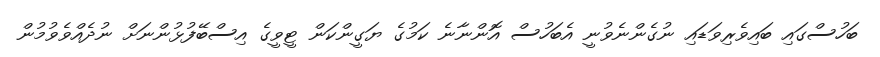
ބަހުސްގައި ބައިވެރިވަޑައި ނުގެންނެވުނީ އެބަހުސް އޮންނާނެ ކަމުގެ ޔަގީންކަން ޓީވީގެ އިސްބޭފުޅުންނަށް ނުދެއްވެވުމުން